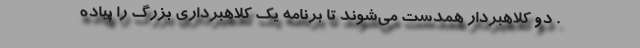
. دو کلاهبردار همدست می‌شوند تا برنامه یک کلاهبرداری بزرگ را پیاده